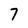
Character: 7